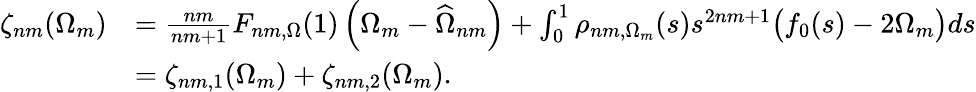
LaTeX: \begin{array}{rl}{\zeta_{nm}(\Omega_{m})}&{=\frac{nm}{nm+1}F_{nm,\Omega}(1)\left(\Omega_{m}-\widehat\Omega_{nm}\right)+\int_{0}^{1}\rho_{nm,\Omega_{m}}(s)s^{2nm+1}\big(f_{0}(s)-2\Omega_{m}\big)ds}\\ &{=\zeta_{nm,1}(\Omega_{m})+\zeta_{nm,2}(\Omega_{m}).}\end{array}